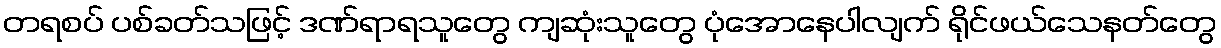
တရစပ် ပစ်ခတ်သဖြင့် ဒဏ်ရာရသူတွေ ကျဆုံးသူတွေ ပုံအောနေပါလျက် ရိုင်ဖယ်သေနတ်တွေ